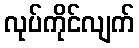
လုပ်ကိုင်လျက်